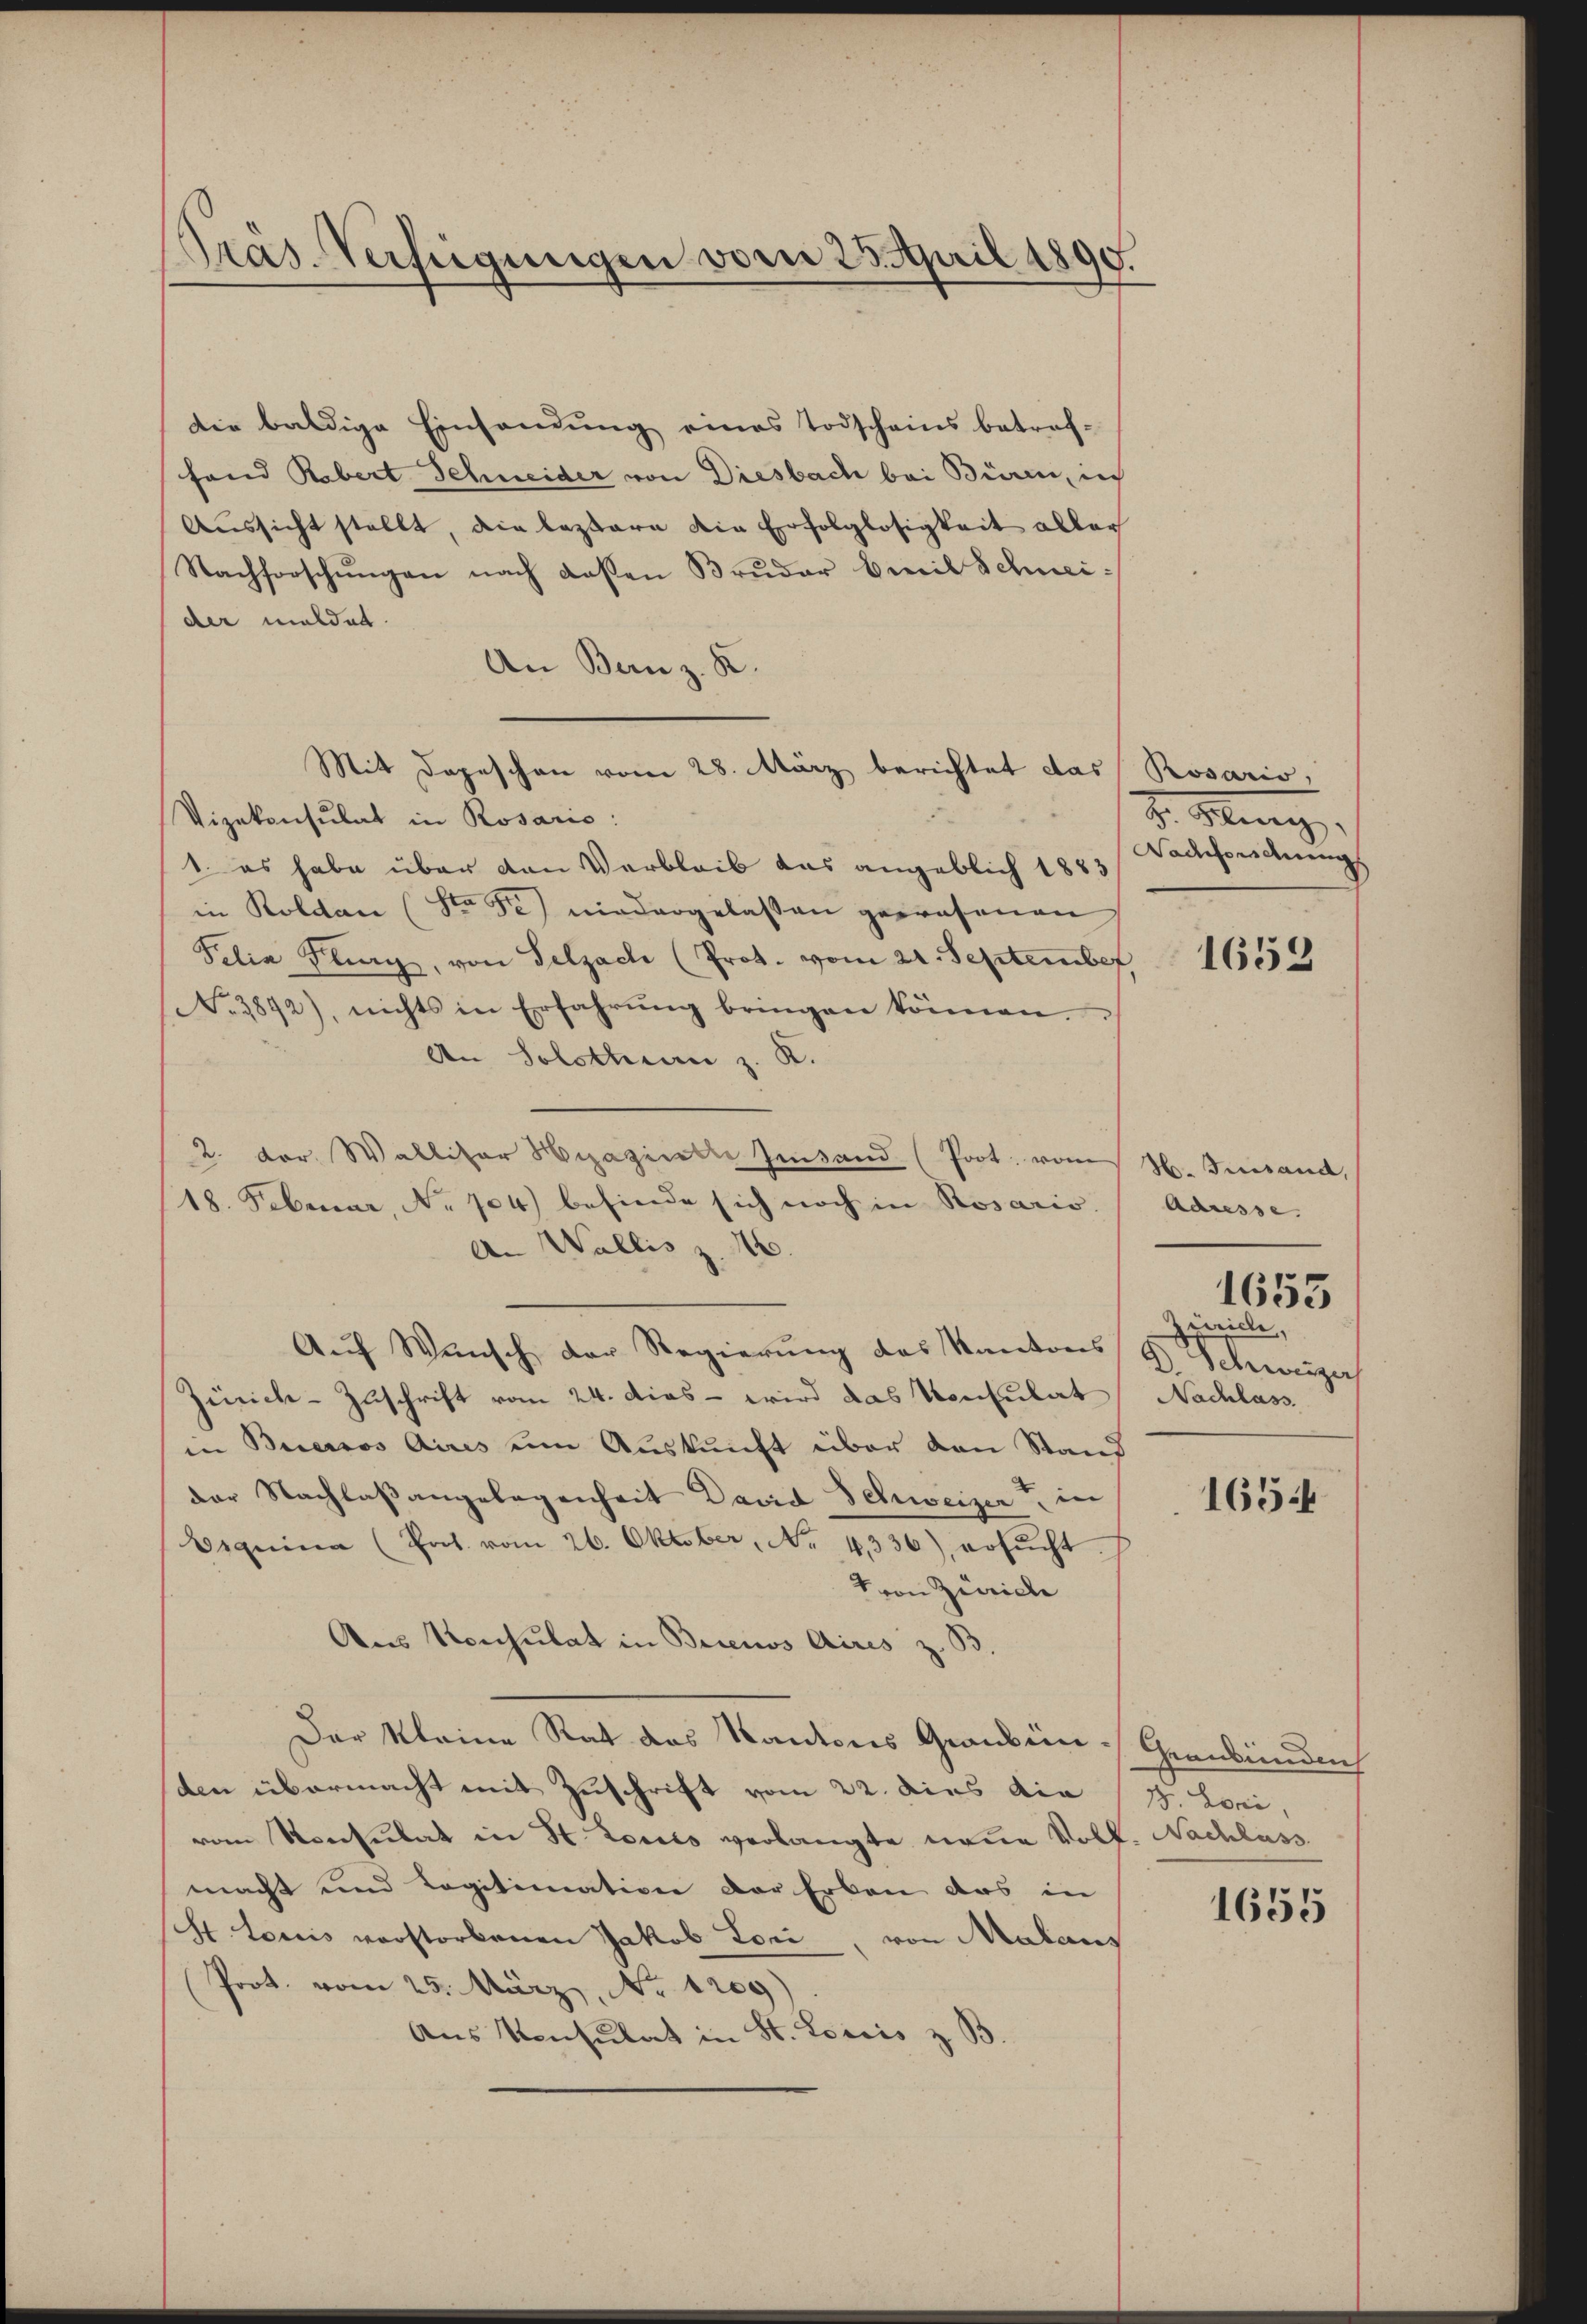
Pras-Verfügungen vom 25. April 1890.

die baldige Einsendung eines Todscheins betref-
fand Robert Schneider von Diesbach bei Büren, in
Aussicht stellt, die leztere die Erfolglosigkeit aller
Nachforschŭngen nach deßen Brŭder bereit Schneider meldet.
An Bern z. B.
Mit Depeschen vom 28. März berichtet das Rosario,
Vizekonsulat in Rosaris:
1. es habe über den Verbleib das angeblich 1883
in Koldau (St. Fe) niedergelassen gewesenen
Felia Kling, von Pelzach (Prot. vom 21. September,
No 3892), nichts in Erfahrung bringen können.
An Solothurn z. K.
2. Der Walliser Hizaginelle hintand (Poot. vom 26. Finand,
18. Februar, No 704) befinde sich noch in Rosario.
A. Wallis z. 16.
Aŭf Wunsch der Regierŭng des Kantons A. Schweizer
Zürich-Zuschrift vom 24. dies - wird das Konsulat
in Buenos Aires um Auskunft über den Stand
der Nachlaßangelegenheit David Schweizer in
Erqnina (Pact. vom 26. Oktober, No. 4336), ersŭcht.
1 von Zürich
Aus Konsulat in Brienos Aires z. B.
Der kleine Rat des Kantons Grauben. Graubünden
den übermacht mit Zuschrift vom 22. dies die
vom Konsulat in St. Lores verlangte neue Volk. Nachlass
macht und Legitimation der Erben das in
St. Loris verstorbenen Jakob Lori, von Malans
Prot. vom 25. März, No 1209)
Aus Konsulat in St. Loriis z. B.

S. Mang
Nachforschung

1659

Adresse
Zuricle,
Nachlass

1653

1654

B. Lori,
1655